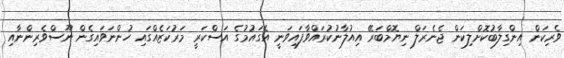
ވެރިކަން އިންގިލާބުކޮށްލިކަން ޖެނެރަލް ނިޔޮމްބަރޭ އިއުލާނުކުރައްވާފައިވަނީ އެގައުމުގެ އަސްކަރީ މަރުކަޒެއްގައި ހުންނަވައިގެން ނޫސްވެރިންނާއި